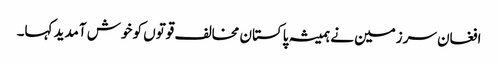
افغان سرزمین نے ہمیشہ پاکستان مخالف قوتوں کو خوش آمدید کہا۔